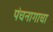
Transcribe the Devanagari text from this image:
पंचनागाचा